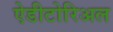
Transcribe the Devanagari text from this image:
ऐडीटोरिअल